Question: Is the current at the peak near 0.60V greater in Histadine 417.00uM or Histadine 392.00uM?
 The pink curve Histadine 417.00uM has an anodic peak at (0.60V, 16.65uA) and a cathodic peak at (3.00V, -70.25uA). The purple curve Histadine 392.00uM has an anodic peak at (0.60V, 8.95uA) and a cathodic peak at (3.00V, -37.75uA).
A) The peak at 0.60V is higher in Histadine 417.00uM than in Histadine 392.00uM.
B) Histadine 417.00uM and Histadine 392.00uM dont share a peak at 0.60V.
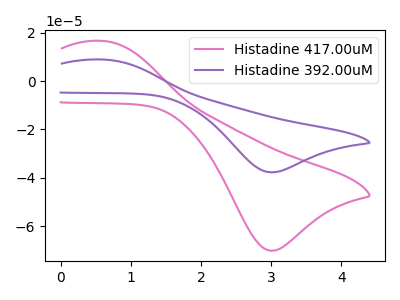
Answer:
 <answer>A) The peak at 0.60V is higher in "Histadine 417.00uM" than in "Histadine 392.00uM".</answer>
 <eval>A</eval>